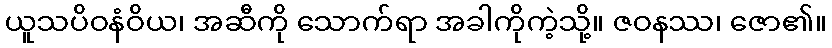
ယူသပိဝနံဝိယ၊ အဆီကို သောက်ရာ အခါကိုကဲ့သို့။ ဇဝနဿ၊ ဇော၏။